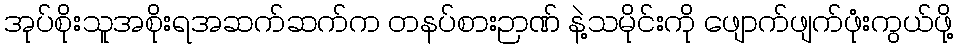
အုပ်စိုးသူအစိုးရအဆက်ဆက်က တနပ်စားဉာဏ် နဲ့သမိုင်းကို ဖျောက်ဖျက်ဖုံးကွယ်ဖို့